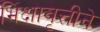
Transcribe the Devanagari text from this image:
भिक्षावृत्तीने